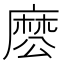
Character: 𮮊